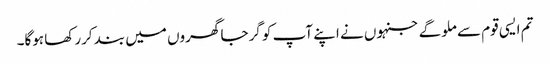
تم ایسی قوم سے ملوگے جنہوں نے اپنے آپ کو گرجا گھروں میں بند کررکھا ہوگا۔